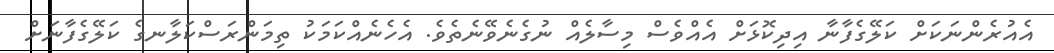
އެއުރެންނަކަށް ކަލޭގެފާނާ އިދިކޮޅަށް އެއްވެސް މިސާލެއް ނުގެނެވޭނެތެވެ. އެހެނެއްކަމަކު ތިމަންރަސްކަލާނގެ ކަލޭގެފާނަށް